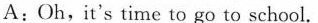
A:Oh,it's time to go to school.